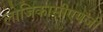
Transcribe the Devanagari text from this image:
लोजिकासीएमजी